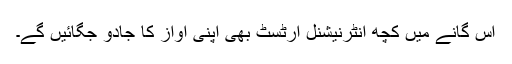
اس گانے میں کچھ انٹرنیشنل آرٹسٹ بھی اپنی آواز کا جادو جگائیں گے۔